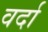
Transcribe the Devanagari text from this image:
वर्दा